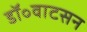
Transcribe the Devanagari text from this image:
डॉ॰वाटसन